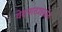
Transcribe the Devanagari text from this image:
वेदपाठशाळेत